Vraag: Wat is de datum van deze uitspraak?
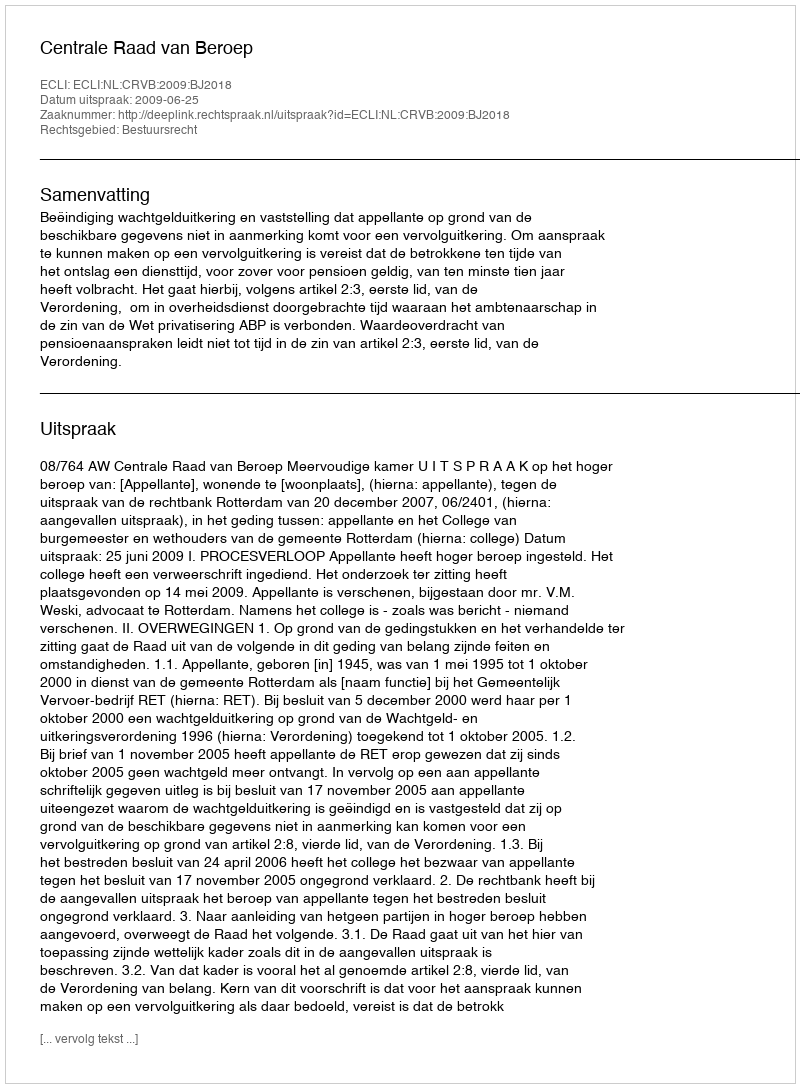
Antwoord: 2009-06-25